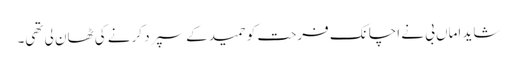
شاید اماں بی نے اچانک فرحت کو حمید کے سپرد کرنے کی ٹھان لی تھی۔